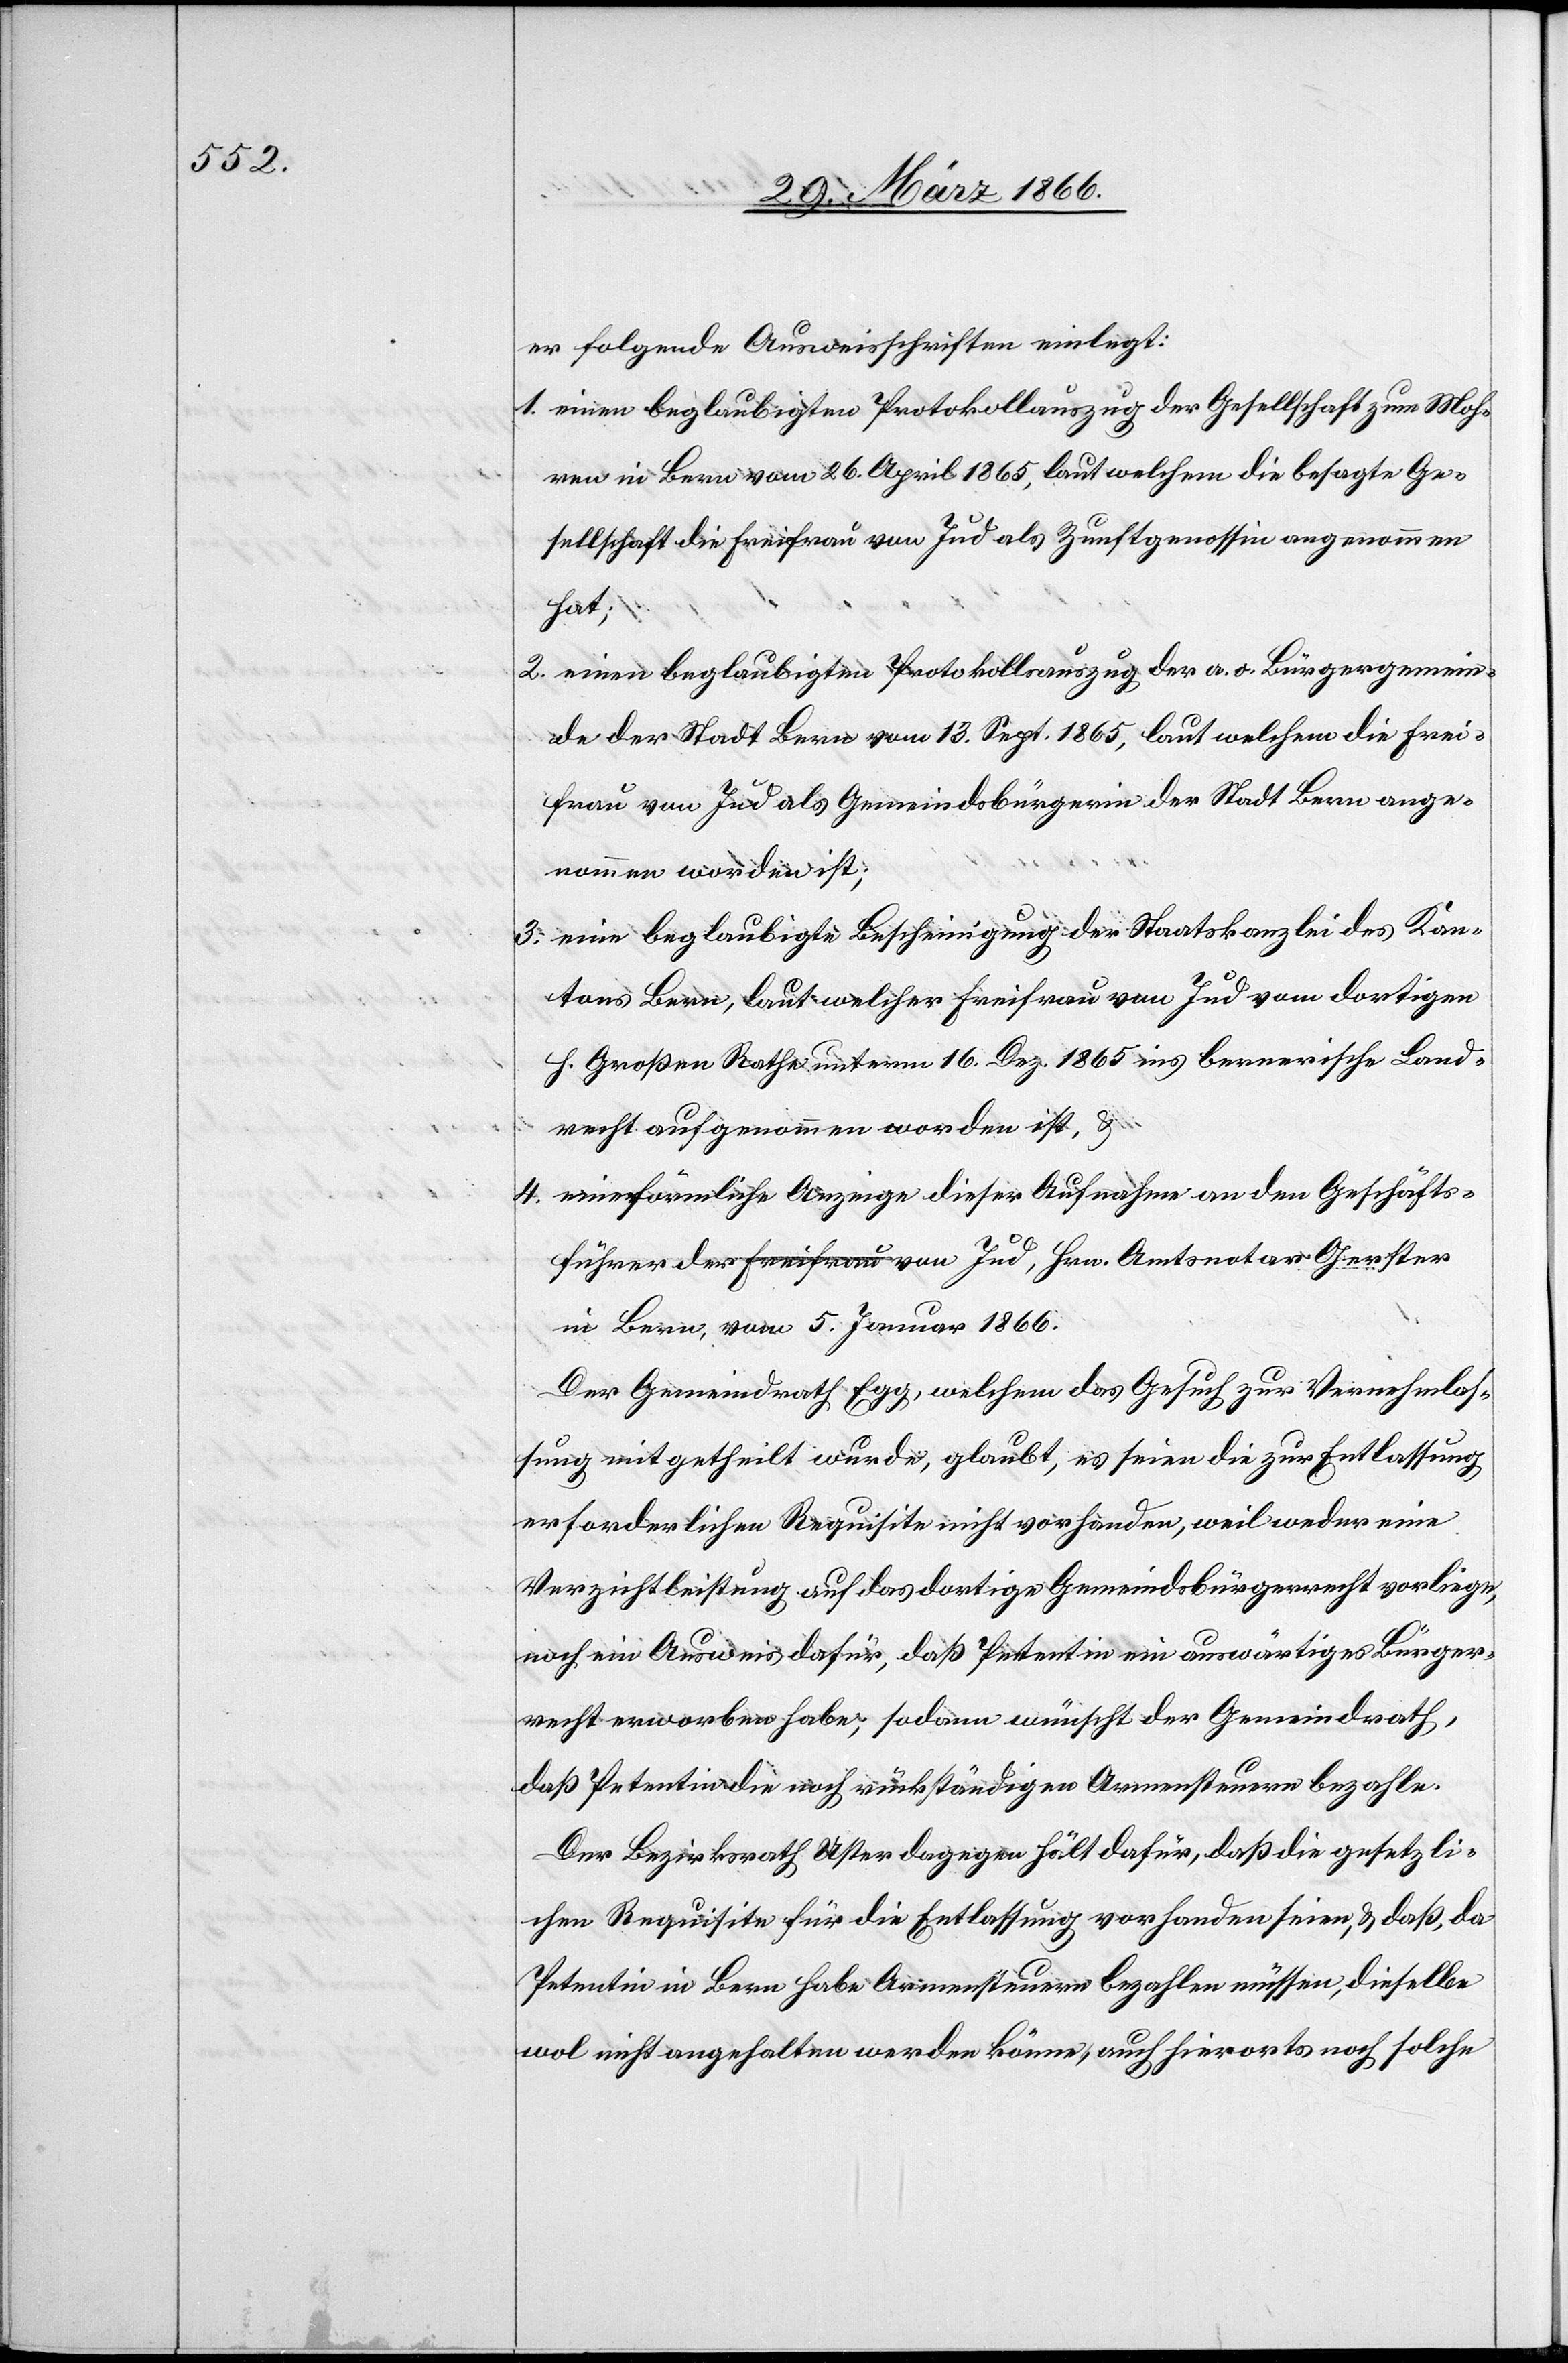
er folgende Ausweisschriften einlegt:
1. einen beglaubigten Protokollauszug der Gesellschaft zum Moh¬
ren in Bern vom 26. April 1865, laut welchem die besagte Ge¬
sellschaft die Freifrau von Jus als Zunftgenossin angenommen
hat;
2. einen beglaubigten Protokollsauszug der a. o. Bürgergemein¬
de der Stadt Bern vom 13. Sept. 1865, laut welchem die Frei¬
frau von Jud als Gemeindsbürgerin der Stadt Bern ange¬
nommen worden ist;
3. eine beglaubigte Bescheinigung der Staatskanzlei des Kan¬
tons Bern, laut welcher Freifrau von Jud vom dortigen
h. Großen Rathe unterm 16. Dez. 1865 ins bernische Land¬
recht aufgenommen worden ist, u.
4. eine förmliche Anzeige dieser Aufnahme an den Geschäfts¬
führer der Freifrau von Jus, Hrn. Amtsnotar Gerster
in Bern, vom 5. Januar 1866.
Der Gemeindrath Egg, welchem das Gesuch zur Vernehmlas¬
sung mitgetheilt wurde, glaubt, es seien die zur Entlassung
erforderlichen Requisite nicht vorhanden, weil weder eine
Verzichtleistung auf das dortige Gemeindsbürgerrecht vorliege,
noch ein Ausweis dafür, daß Petentin ein auswärtiges Bürger¬
recht erworben habe, sodann wünscht der Gemeindrath,
daß Petentin die noch rückständigen Armensteuern bezahle.
Der Bezirksrath Uster dagegen hält dafür, daß die gesetzli¬
chen Requisite für die Entlassung vorhanden seien, u. daß, da
Petentin in Bern habe Armensteuer bezahlen müssen, dieselbe
wol nicht angehalten werden könne, auch hierorts noch solche